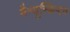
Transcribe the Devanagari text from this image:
मैन्यूस्क्रिप्ट्स